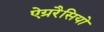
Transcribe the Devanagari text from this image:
ऐग्ररैसियो